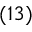
( 1 3 )